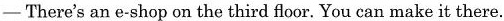
-There's an e-shop on the third floor. You can make it there.